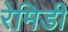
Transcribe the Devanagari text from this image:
रेमिडी